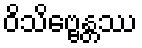
ဝိသိဗ္ဗေန္တဿ